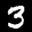
Label: 3